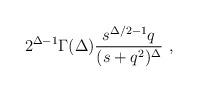
LaTeX: \begin{align*}2^{\Delta-1} \Gamma(\Delta) \frac{s^{\Delta/2-1} q}{(s +q^2)^\Delta}\ ,\end{align*}